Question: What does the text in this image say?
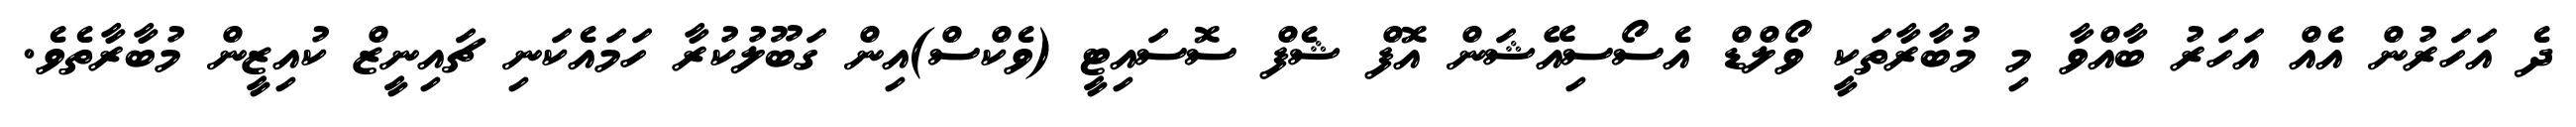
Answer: ދެ އަހަރުން އެއް އަހަރު ބާއްވާ މި މުބާރާތަކީ ވޯލްޑް އެސޯސިއޭޝަން އޮފް ޝެފް ސޮސައިޓީ (ވެކްސް)އިން ގަބޫލުކުރާ ހަމައެކަނި ޗައިނީޒް ކުއިޒީން މުބާރާތެވެ.